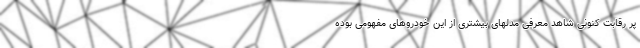
پر رقابت کنونی شاهد معرفی مدلهای بیشتری از این خودروهای مفهومی بوده